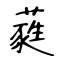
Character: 蕤